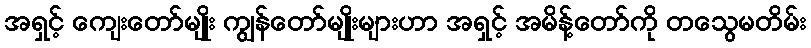
အရှင့် ကျေးတော်မျိုး ကျွန်တော်မျိုးများဟာ အရှင့် အမိန့်တော်ကို တသွေမတိမ်း